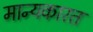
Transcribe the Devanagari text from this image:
मान्यकारत